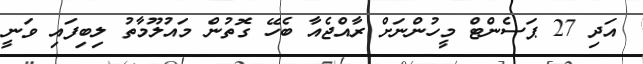
އަދި 27 ޕަސެންޓް މީހުންނަށް ރާއްޖެއާ ބެހޭ ގޮތުން މައުލޫމާތު ލިބިފައި ވަނީ